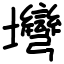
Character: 壪